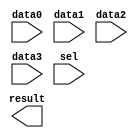
// megafunction wizard: %LPM_MUX%VBB%
// GENERATION: STANDARD
// VERSION: WM1.0
// MODULE: LPM_MUX 

// ============================================================
// Megafunction Name(s):
// 			LPM_MUX
//
// Simulation Library Files(s):
// 			lpm
// ============================================================
// ************************************************************
// THIS IS A WIZARD-GENERATED FILE. DO NOT EDIT THIS FILE!
//
// 17.0.0 Build 595 04/25/2017 SJ Lite Edition
// ************************************************************

//Copyright (C) 2017  Intel Corporation. All rights reserved.
//Your use of Intel Corporation's design tools, logic functions 
//and other software and tools, and its AMPP partner logic 
//functions, and any output files from any of the foregoing 
//(including device programming or simulation files), and any 
//associated documentation or information are expressly subject 
//to the terms and conditions of the Intel Program License 
//Subscription Agreement, the Intel Quartus Prime License Agreement,
//the Intel MegaCore Function License Agreement, or other 
//applicable license agreement, including, without limitation, 
//that your use is for the sole purpose of programming logic 
//devices manufactured by Intel and sold by Intel or its 
//authorized distributors.  Please refer to the applicable 
//agreement for further details.

module MUX_4x1 (
	data0,
	data1,
	data2,
	data3,
	sel,
	result);

	input	  data0;
	input	  data1;
	input	  data2;
	input	  data3;
	input	[1:0]  sel;
	output	  result;

endmodule

// ============================================================
// CNX file retrieval info
// ============================================================
// Retrieval info: PRIVATE: INTENDED_DEVICE_FAMILY STRING "Cyclone V"
// Retrieval info: PRIVATE: SYNTH_WRAPPER_GEN_POSTFIX STRING "0"
// Retrieval info: PRIVATE: new_diagram STRING "1"
// Retrieval info: LIBRARY: lpm lpm.lpm_components.all
// Retrieval info: CONSTANT: LPM_SIZE NUMERIC "4"
// Retrieval info: CONSTANT: LPM_TYPE STRING "LPM_MUX"
// Retrieval info: CONSTANT: LPM_WIDTH NUMERIC "1"
// Retrieval info: CONSTANT: LPM_WIDTHS NUMERIC "2"
// Retrieval info: USED_PORT: data0 0 0 0 0 INPUT NODEFVAL "data0"
// Retrieval info: USED_PORT: data1 0 0 0 0 INPUT NODEFVAL "data1"
// Retrieval info: USED_PORT: data2 0 0 0 0 INPUT NODEFVAL "data2"
// Retrieval info: USED_PORT: data3 0 0 0 0 INPUT NODEFVAL "data3"
// Retrieval info: USED_PORT: result 0 0 0 0 OUTPUT NODEFVAL "result"
// Retrieval info: USED_PORT: sel 0 0 2 0 INPUT NODEFVAL "sel[1..0]"
// Retrieval info: CONNECT: @data 0 0 1 0 data0 0 0 0 0
// Retrieval info: CONNECT: @data 0 0 1 1 data1 0 0 0 0
// Retrieval info: CONNECT: @data 0 0 1 2 data2 0 0 0 0
// Retrieval info: CONNECT: @data 0 0 1 3 data3 0 0 0 0
// Retrieval info: CONNECT: @sel 0 0 2 0 sel 0 0 2 0
// Retrieval info: CONNECT: result 0 0 0 0 @result 0 0 1 0
// Retrieval info: GEN_FILE: TYPE_NORMAL MUX_4x1.v TRUE
// Retrieval info: GEN_FILE: TYPE_NORMAL MUX_4x1.inc FALSE
// Retrieval info: GEN_FILE: TYPE_NORMAL MUX_4x1.cmp FALSE
// Retrieval info: GEN_FILE: TYPE_NORMAL MUX_4x1.bsf TRUE
// Retrieval info: GEN_FILE: TYPE_NORMAL MUX_4x1_inst.v FALSE
// Retrieval info: GEN_FILE: TYPE_NORMAL MUX_4x1_bb.v TRUE
// Retrieval info: LIB_FILE: lpm